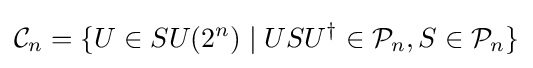
{\mathcal {C}}_{n}=\{U\in SU(2^{n})\;|\;USU^{\dagger }\in {\mathcal {P}}_{n},S\in {\mathcal {P}}_{n}\}